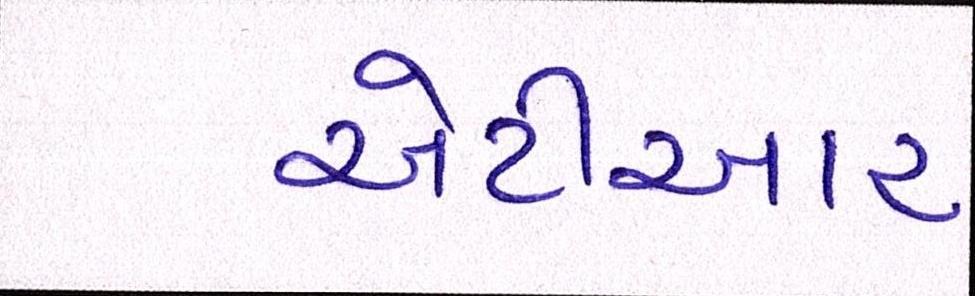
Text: એટીઆર